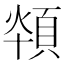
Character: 𩒪